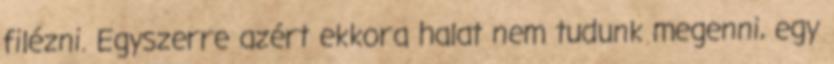
filézni. Egyszerre azért ekkora halat nem tudunk megenni, egy